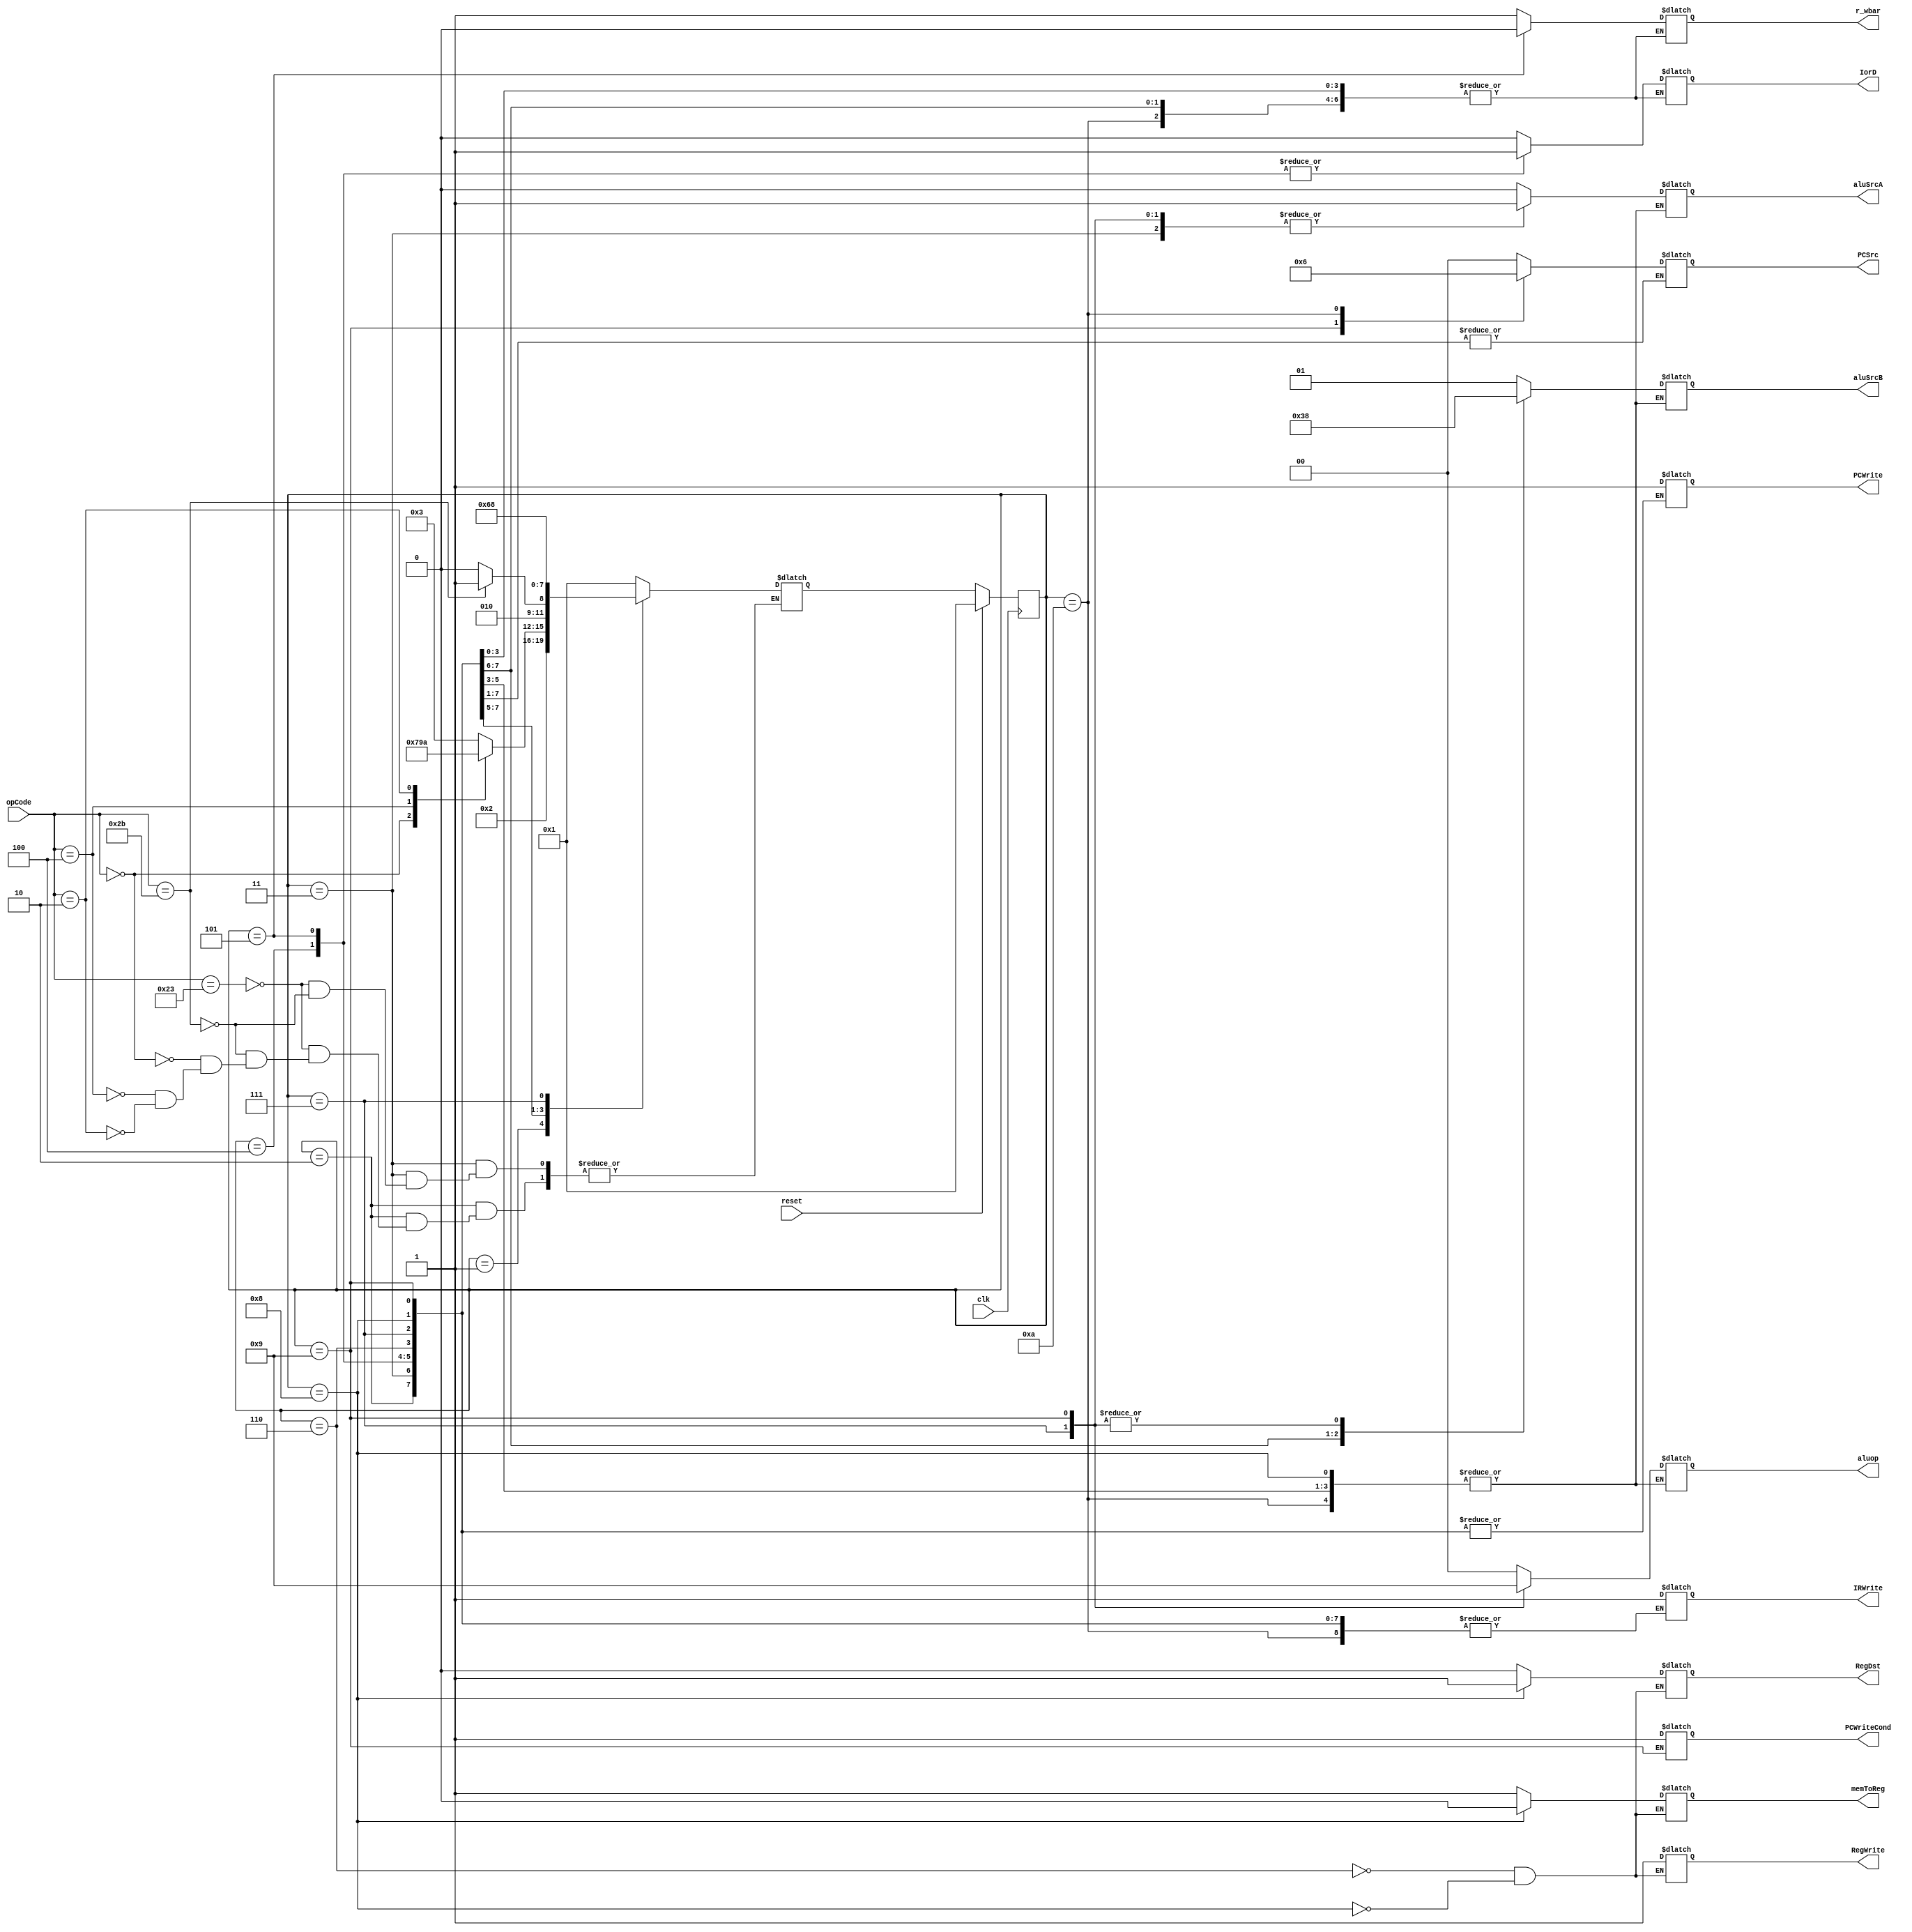
//author Saeed Aghajani

module Controller(clk, opCode, reset, PCWriteCond, PCWrite, IorD, r_wbar, memToReg, 
                  IRWrite, PCSrc, aluop, aluSrcA, aluSrcB, RegWrite, RegDst);
    input clk, reset;
    input [5:0] opCode;//from Datapath
    output PCWriteCond, PCWrite, IorD, r_wbar, memToReg, IRWrite, aluSrcA, RegWrite, RegDst;//controlling signals
    output [1:0] PCSrc, aluop, aluSrcB;
    
    reg PCWriteCond, PCWrite, IorD, r_wbar, memToReg, IRWrite, aluSrcA, RegWrite, RegDst;//controlling signals
    reg [1:0] PCSrc, aluop, aluSrcB;
    reg [3:0] cs, ns;
    
    //opcodes
    `define Rtype 6'd0
    `define LW 6'd35
    `define SW 6'd43
    `define beq 6'd4   
    `define J 6'd2
    
    //states
    `define IF 4'd1
    `define ID 4'd2
    `define ADDR 4'd3
    `define READMEM 4'd4
    `define WRITEMEM 4'd5
    `define WRITEBACK 4'd6
    `define EXE 4'd7
    `define R_TYPECOMPLETION 4'd8
    `define BRANCHCOMPLETION 4'd9
    `define JUMPCOMPLETION 4'd10
    
    initial
    begin
        PCWriteCond = 1'b0;
        PCWrite = 1'b0;
        IorD = 1'b0;
        r_wbar = 1'b0;
        memToReg = 1'b0;
        IRWrite = 1'b0;
        aluSrcA = 1'b0;
        RegWrite = 1'b0;
        RegDst = 1'b0;
        PCSrc = 2'b00; 
        aluop = 2'b00;
        aluSrcB = 2'b00;
    end
         
    always @ (posedge clk)
    begin
        if(reset)
            cs = `IF;
        else
            cs = ns;
    end
    
    always @ (cs)
    begin
        case(cs)
            `IF : 
            begin
                IorD = 1'b0;
                r_wbar = 1'b1;
                IRWrite = 1'b1;
                aluSrcA = 1'b0;
                aluSrcB = 2'b01;
                aluop = 2'b00;
                PCSrc = 2'b00;
                PCWrite = 1'b1;
                ns = `ID;
            end
            `ID :
            begin
                aluSrcA = 1'b0;
                aluSrcB = 2'b11;
                aluop = 2'b00;
                case(opCode)
                    `LW : ns = `ADDR;
                    `SW : ns = `ADDR;
                    `Rtype : ns = `EXE;
                    `beq : ns = `BRANCHCOMPLETION;
                    `J : ns = `JUMPCOMPLETION;
                endcase
            end
            `ADDR :
            begin
                aluSrcA = 1'b1;
                aluSrcB = 2'b10;
                aluop = 2'b00;
                case(opCode)
                    `LW : ns = `READMEM;
                    `SW : ns = `WRITEMEM;
                endcase
            end
            `READMEM : 
            begin
                IorD = 1'b1;
                r_wbar = 1'b1;
                ns = `WRITEBACK;
            end
            `WRITEMEM :
            begin
                IorD = 1'b1;
                r_wbar = 1'b0;
                ns = `IF;
            end
            `WRITEBACK :
            begin
                memToReg = 1'b1;
                RegWrite = 1'b1;
                RegDst = 1'b0;
                ns = `IF;
            end
            `EXE : 
            begin
                aluSrcA = 1'b1;
                aluSrcB = 2'b00;
                aluop = 2'b10;//according to the func
                ns = `R_TYPECOMPLETION;
            end
            `R_TYPECOMPLETION :
            begin
                RegDst = 1'b1;
                memToReg = 1'b0;
                RegWrite = 1'b1;
                ns = `IF;
            end
            `BRANCHCOMPLETION :
            begin
                PCSrc = 2'b01;
                PCWriteCond = 1'b1;
                aluSrcA = 1'b1;
                aluSrcB = 2'b00;
                aluop = 2'b01;
                ns = `IF;
            end
            `JUMPCOMPLETION :
            begin
                PCSrc = 2'b10;
                PCWrite = 1'b1;
                ns = `IF;
            end
            default :
            begin
                aluSrcA = 1'b0;//PC
                aluSrcB = 2'b01;//4
                aluop = 2'b00;//add 
                PCSrc = 2'b00;//(PC + 4) is the Mux input
                PCWrite = 1'b1;
                IorD = 1'b0;
                r_wbar = 1'b1;
                IRWrite = 1'b1;
                ns = `IF;
            end
        endcase
    end   
endmodule